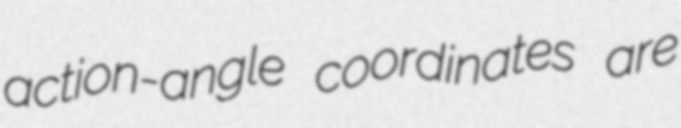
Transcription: action-angle coordinates are